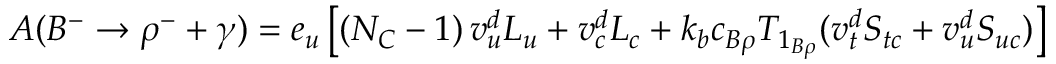
A ( B ^ { - } \to \rho ^ { - } + \gamma ) = e _ { u } \left[ \left( N _ { C } - 1 \right) v _ { u } ^ { d } L _ { u } + v _ { c } ^ { d } { L _ { c } } + k _ { b } c _ { B \rho } T _ { 1 _ { B \rho } } ( v _ { t } ^ { d } S _ { t c } + v _ { u } ^ { d } S _ { u c } ) \right]